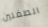
الطفلين